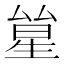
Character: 𠬋